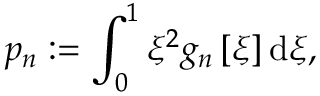
p _ { n } : = \int _ { 0 } ^ { 1 } \xi ^ { 2 } g _ { n } \left[ \xi \right] \mathrm { d } \xi ,